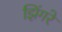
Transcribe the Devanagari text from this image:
झिंगरे